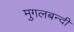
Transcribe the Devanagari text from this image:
मुगलबन्दी